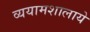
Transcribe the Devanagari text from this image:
व्ययामशालाये